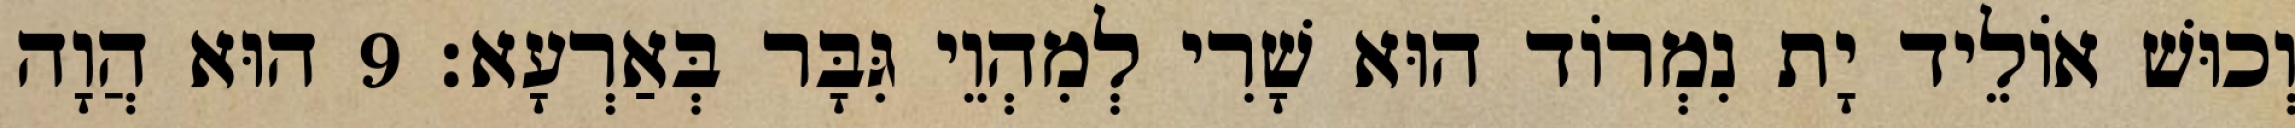
וְכוּשׁ אוֹלֵיד יָת נִמְרוֹד הוּא שָׁרִי לְמִהְוֵי גִּבָּר בְּאַרְעָא׃ 9 הוּא הֲוָה